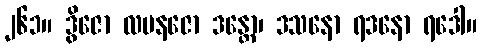
၂၆၁။ ဒွိဇော လပနဇော ဒန္တော၊ ဒသနော ရဒနော ရဒေါ။